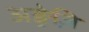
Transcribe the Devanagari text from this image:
अङ्रेज़ि